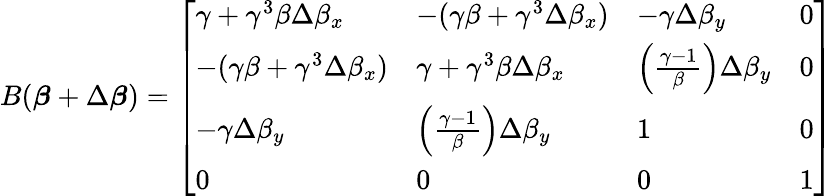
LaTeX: B({\boldsymbol{\beta}}+\Delta{\boldsymbol{\beta}})={\left[\begin{array}{llll}{\gamma+\gamma^{3}\beta\Delta\beta_{x}}&{-(\gamma\beta+\gamma^{3}\Delta\beta_{x})}&{-\gamma\Delta\beta_{y}}&{0}\\ {-(\gamma\beta+\gamma^{3}\Delta\beta_{x})}&{\gamma+\gamma^{3}\beta\Delta\beta_{x}}&{\left({\frac{\gamma-1}{\beta}}\right)\Delta\beta_{y}}&{0}\\ {-\gamma\Delta\beta_{y}}&{\left({\frac{\gamma-1}{\beta}}\right)\Delta\beta_{y}}&{1}&{0}\\ {0}&{0}&{0}&{1}\end{array}\right]}